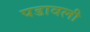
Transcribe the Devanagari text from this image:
पडावली